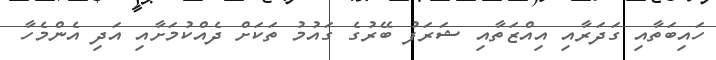
ހައިބަތާއި ގަދަރާއި އިއްޒަތާއި ޝަރަފު ބޭރުގެ ގައުމު ތަކަށް ދެއްކުމަށާއި އަދި އެންމެހާ